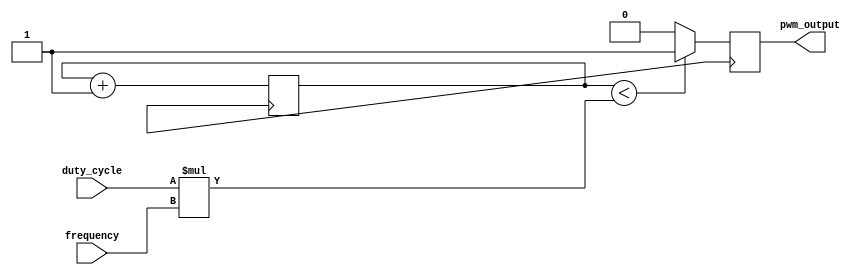
module pwm_generator (
    input wire duty_cycle,
    input wire frequency,
    output reg pwm_output
);

reg [31:0] counter;

always @(posedge clk) begin
    counter <= counter + 1;
    if (counter < duty_cycle * frequency) begin
        pwm_output <= 1;
    end else begin
        pwm_output <= 0;
    end
end

endmodule